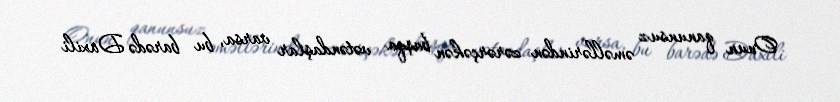
Onun qanunsuz əməllərindən zərərçəkən başqa vətəndaşlar varsa, bu barədə Daxili